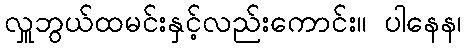
လှူဘွယ်ထမင်းနှင့်လည်းကောင်း။ ပါနေန၊